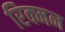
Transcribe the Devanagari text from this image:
रिक्मन